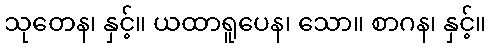
သုတေန၊ နှင့်။ ယထာရူပေန၊ သော။ စာဂန၊ နှင့်။